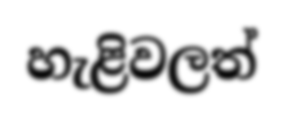
හැළිවලත්